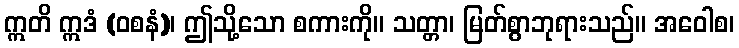
ဣတိ ဣဒံ (ဝစနံ)၊ ဤသို့သော စကားကို။ သတ္တာ၊ မြတ်စွာဘုရားသည်။ အဝေါစ၊